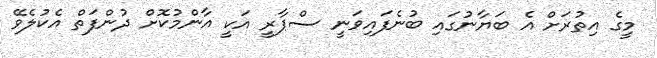
މީގެ އިތުރަށް އެ ބަޔާނުގައި ބުނެފައިވަނީ ސްޕާރީ އަކީ އާންމުކޮށް ދުންފަތް އެކުލެވޭ